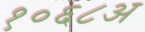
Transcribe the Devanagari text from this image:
१०६८अ